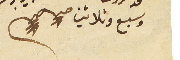
وسبع وثلاثين صح صح